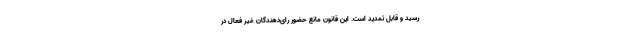
رسید و قابل تمدید است. این قانون مانع حضور رای‌دهندگان غیر فعال در